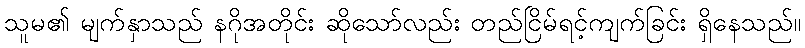
သူမ၏ မျက်နှာသည် နဂိုအတိုင်း ဆိုသော်လည်း တည်ငြိမ်ရင့်ကျက်ခြင်း ရှိနေသည်။